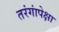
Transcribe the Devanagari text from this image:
तरंगांपेक्षा